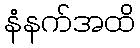
နံနက်အထိ